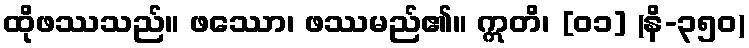
ထိုဖဿသည်။ ဖဿော၊ ဖဿမည်၏။ ဣတိ၊ [၀၁] (နိ-၃၅၀)